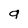
Character: g